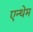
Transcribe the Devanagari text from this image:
एन्थेम